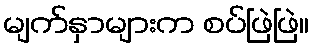
မျက်နှာများက စပ်ဖြဲဖြဲ။